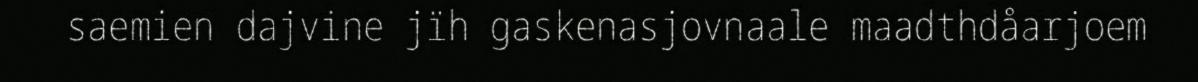
saemien dajvine jïh gaskenasjovnaale maadthdåarjoem